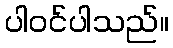
ပါဝင်ပါသည်။